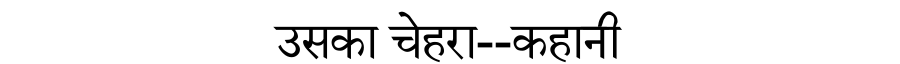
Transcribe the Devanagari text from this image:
उसका चेहरा--कहानी